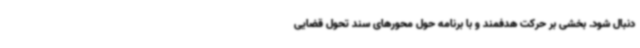
دنبال شود. بخشی بر حرکت هدفمند و با برنامه حول محورهای سند تحول قضایی